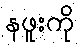
နဖူးကို